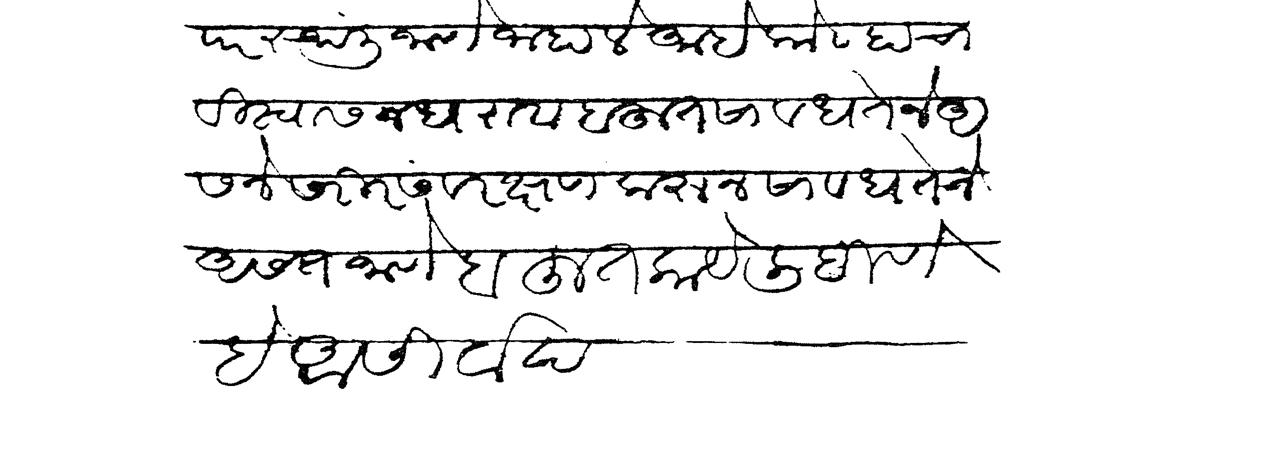
Transliteration (Devanagari): परस्थळीं जाणें जाहालें आहे कोण्हाचा विश्वास न धरावा बहुत सावधतेनें असणें शरीर सरंक्षण करून सावधतेने असत जाणें बहुत काय लिहिणें हे आशीर्वाद